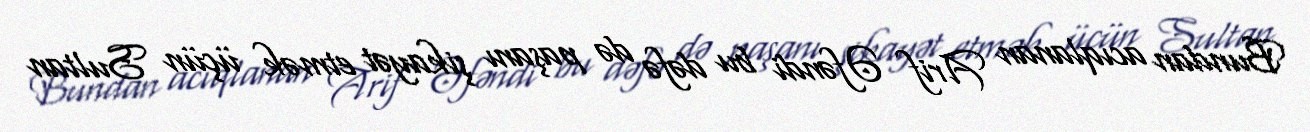
Bundan acıqlanan Arif Əfəndi bu dəfə də paşanı şikayət etmək üçün Sultan